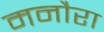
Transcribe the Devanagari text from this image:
मनौरा